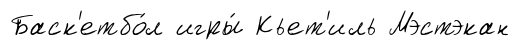
Баск'етбо́л игры́ Кьет'иль Мэстэкан